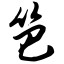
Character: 笆